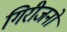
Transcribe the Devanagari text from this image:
गिरीजनों